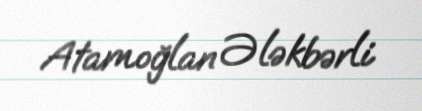
Atamoğlan Ələkbərli